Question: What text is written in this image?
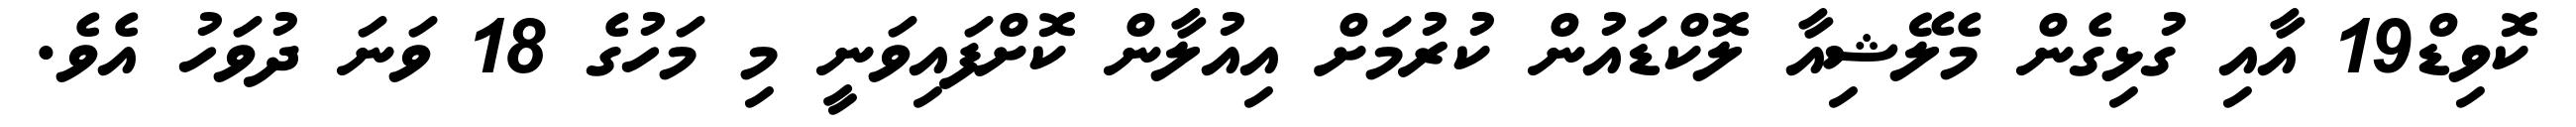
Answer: ކޮވިޑް19 އާއި ގުޅިގެން މެލޭޝިއާ ލޮކްޑައުން ކުރުމަށް އިއުލާން ކޮށްފައިވަނީ މި މަހުގެ 18 ވަނަ ދުވަހު އެވެ.